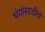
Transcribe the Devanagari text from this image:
भंगांसाठीचे